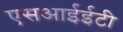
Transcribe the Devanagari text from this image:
एसआईईटी